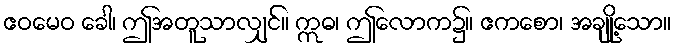
ဧဝမေဝ ခေါ၊ ဤအတူသာလျှင်။ ဣဓ၊ ဤလောက၌။ ဧကစော၊ အချို့သော။